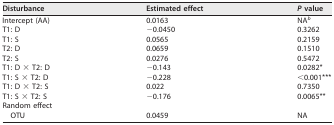
<table><thead><tr><td><b>Disturbance</b></td><td><b>Estimated effect</b></td><td><b><i>P</i> value</b></td></tr></thead><tbody><tr><td>Intercept (AA)</td><td>0.0163</td><td>NA<sup>b</sup></td></tr><tr><td>T1: D</td><td>−0.0450</td><td>0.3262</td></tr><tr><td>T1: S</td><td>0.0565</td><td>0.2159</td></tr><tr><td>T2: D</td><td>0.0659</td><td>0.1510</td></tr><tr><td>T2: S</td><td>0.0276</td><td>0.5472</td></tr><tr><td>T1: D × T2: D</td><td>−0.143</td><td>0.0282*</td></tr><tr><td>T1: S × T2: D</td><td>−0.228</td><td>&lt;0.001***</td></tr><tr><td>T1: D × T2: S</td><td>0.022</td><td>0.7350</td></tr><tr><td>T1: S × T2: S</td><td>−0.176</td><td>0.0065**</td></tr><tr><td>Random effect</td><td></td><td></td></tr><tr><td>OTU</td><td>0.0459</td><td>NA</td></tr></tbody></table>